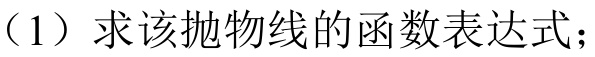
（1）求该抛物线的函数表达式；